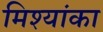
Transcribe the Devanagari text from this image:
मिश्यांका